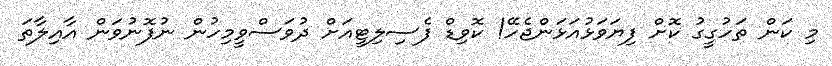
މި ކަން ތަހުގީގު ކޮށް ފިޔަވަޅުއަޅަންޖެހޭ! ކޮވިޑް ފެސިލިޓީއަށް ދުވަސްވީމިހުން ނުފޮނުވަން އާއިލާތަ